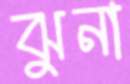
ঝুনা